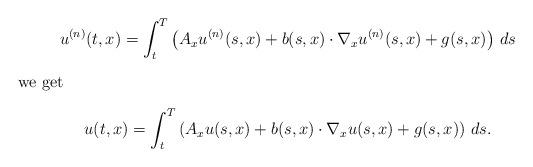
LaTeX: \begin{gather*}u^{(n)}(t,x) = \int_t^T \left(A_x u^{(n)}(s,x)+b(s,x) \cdot \nabla_x u^{(n)}(s,x) + g(s,x)\right) \, ds\intertext{we get}u(t,x) = \int_t^T \left(A_x u(s,x) + b(s,x) \cdot \nabla_x u(s,x) + g(s,x)\right) \, ds.\end{gather*}